Punjab Mental Hospital Lahore 1932-46 - 1932-1946
Year: 1932
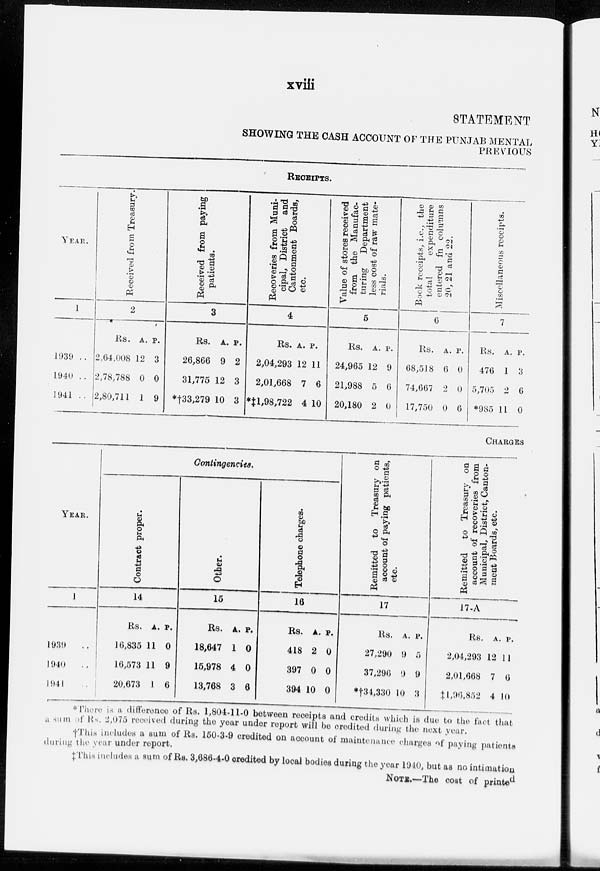
xviii
STATEMENT
SHOWING THE CASH ACCOUNT OF THE PUNJAB MENTAL
PREVIOUS
RECEIPTS.
YEAR.
1
1939 ..
1940 ..
1941 ..
Received from Treasury.
2
Rs.
2,64,008
2,78,788
2,80,711
A.
12
0
1
P.
3
0
9
Received from paying
patients.
3
Rs.
26,866
31,775
*†33,279
A.
9
12
10
P.
2
3
3
Recoveries from Muni-
cipal, District and
Cantonment Boards,
etc.
4
Rs.
2,04,293
2,01,668
*‡1,98,722
A.
12
7
4
P.
11
6
10
Value of stores received
from the Manufac-
turing
Department
less cost of raw mate-
rials.
5
Rs.
24,965
21,988
20,180
A.
12
5
2
P.
9
6
0
Book receipts, i.e., the
total
expenditure
entered fn columns
20, 21 and 22.
6
Rs.
68,518
74,667
17,750
A.
6
2
0
P.
0
0
6
Miscellaneous receipts.
7
Rs.
476
5,705
*985
A.
1
2
11
P.
3
6
0
CHARGES
YEAR.
1
1939 ..
1940 ..
1941 ..
Contingencies.
Contract proper.
14
Rs.
16,835
16,573
20,673
A.
11
11
1
P.
0
9
6
Other.
15
Rs.
18,647
15,978
13,768
A.
1
4
3
P.
0
0
6
Telephone charges.
16
Rs.
418
397
394
A.
2
0
10
P.
0
0
0
Remitted to Treasury on
account of paying patients,
etc.
17
Rs.
27,290
37,296
*†34,330
A.
9
9
10
P.
5
9
3
Remitted to Treasury on
account of recoveries from
Municipal, District, Canton-
ment Boards, etc.
17-A
Rs.
2,04,293
2,01,668
‡1,96,852
A.
12
7
4
P.
11
6
10
* There is a difference of Rs. 1,804-11-0 between receipts and credits which is due to the fact that
a sum of Rs. 2,075 received during the year under report will be credited during the next year.
†This includes a sum of Rs. 150-3-9 credited on account of maintenance charges of paying patients
during the year under report.
‡This includes a sum of Rs. 3,686-4-0 credited by local bodies during the year 1940, but as no intimation
NOTE.—The cost of printed